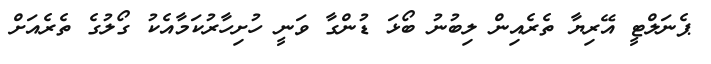
ޕެނަލްޓީ އޭރިޔާ ތެރެއިން ލިބުނު ބޯޅަ ޑުންގާ ވަނީ ހުށިހާރުކަމާއެކު ގޯލުގެ ތެރެއަށް